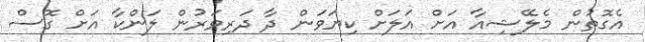
އެގޮތުން މެލޭޝިއާ އަށް އަލަށް ކިޔަވަން ދާ ދަރިވަރުން ލަންކާ އަށް ގޮސް